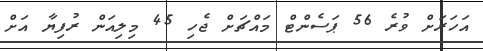
އަހަރަށް ވުރެ 56 ޕަސެންޓް މައްޗަށް ޖެހި 45 މިލިއަން ރުފިޔާ އަށް